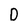
Character: D